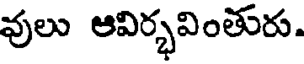
వులు ఆవిర్భవింతురు.